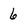
Character: 6